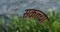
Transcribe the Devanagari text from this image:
सकल्या